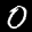
Label: 0